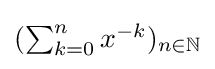
{\textstyle (\sum _{k=0}^{n}x^{-k})_{n\in \mathbb {N} }}